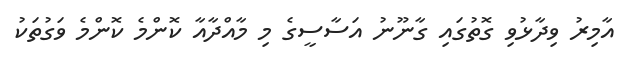
އާމިރު ވިދާޅުވި ގޮތުގައި ގާނޫނު އަސާސީގެ މި މާއްދާއާ ކޮންމެ ކޮންމެ ވަގުތަކު